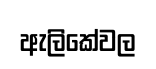
ඇලිකේවල